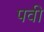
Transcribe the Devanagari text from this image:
पवी